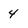
Character: 4